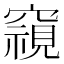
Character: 𮄚